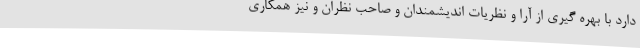
دارد با بهره گیری از آرا و نظریات اندیشمندان و صاحب نظران و نیز همکاری